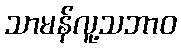
သာမန်လူ့သဘာဝ